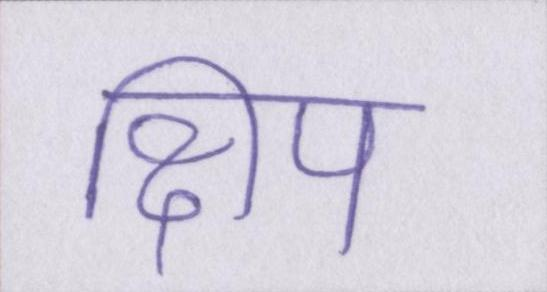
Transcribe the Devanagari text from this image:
क्षिप